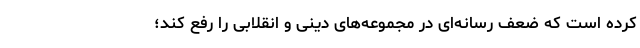
کرده است که ضعف رسانه‌ای در مجموعه‌های دینی و انقلابی را رفع کند؛